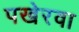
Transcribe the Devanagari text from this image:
पखेरवा